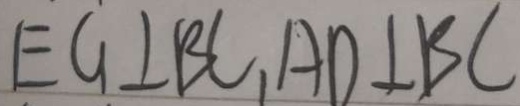
E G \bot B C , A D \bot B C